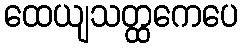
ထေယျသတ္ထကေပေ